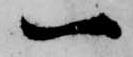
一